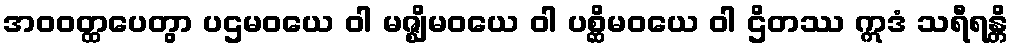
အဝဝတ္ထပေတွာ ပဌမဝယေ ဝါ မဇ္ဈိမဝယေ ဝါ ပစ္ဆိမဝယေ ဝါ ဌိတဿ ဣဒံ သရီရန္တိ